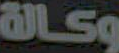
وكالة